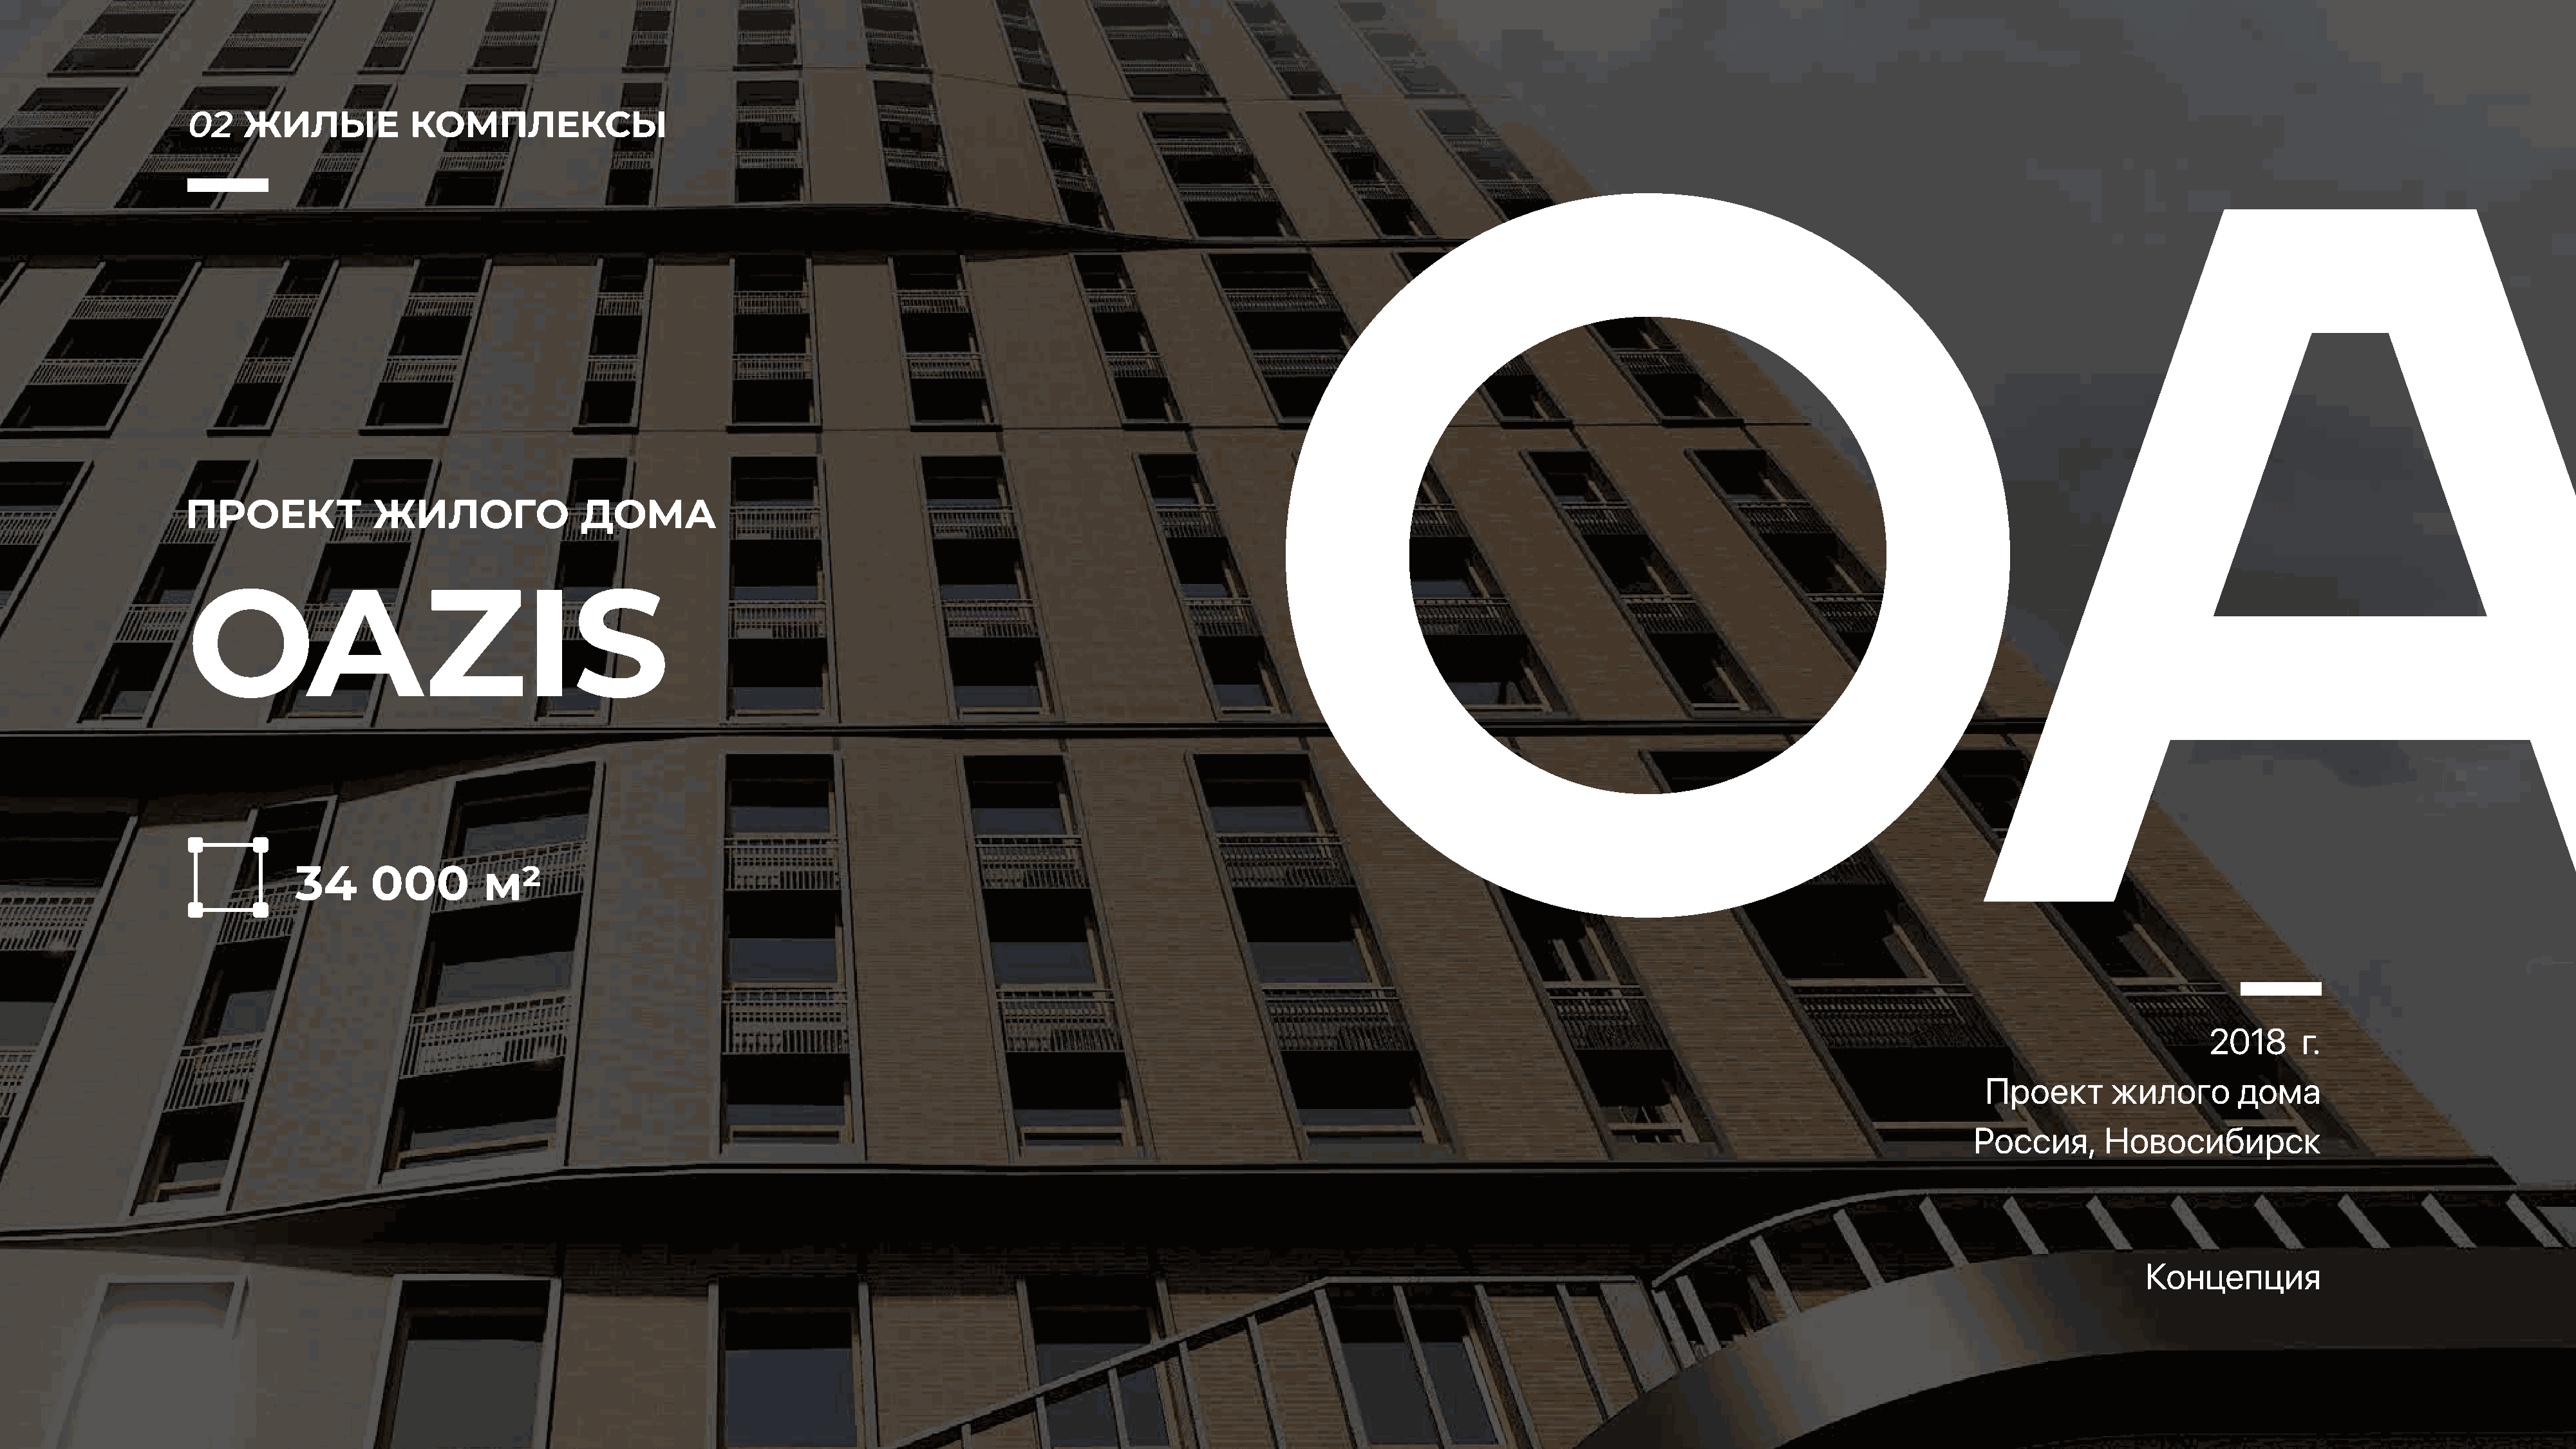
02    ЖИЛЫЕ            КОМПЛЕКСЫ
 ПРОЕКТ             ЖИЛОГО                ДОМА
 OAZIS
 34      000         м2
 2018      г.
 Проект       жилого       дома
 Россия,      Новосибирск
 Концепция